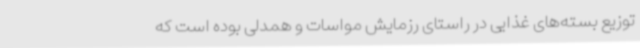
توزیع بسته‌های غذایی در راستای رزمایش مواسات و همدلی بوده است که